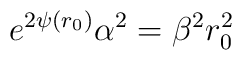
e^{2\psi(r_0)}\alpha^{2} = \beta^{2}r_{0}^{2}